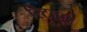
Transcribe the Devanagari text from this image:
रिटाएर